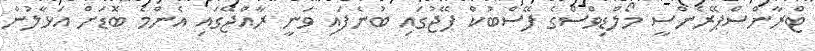
ޓްރާންސްޕޭރެންސީ މޯލްޑިވްސްގެ ފޭސްބުކް ޕޭޖުގައި ބުނެފައި ވަނީ ރާއްޖޭގައި އެންމެ ބޮޑަށް އަޅާލުން